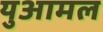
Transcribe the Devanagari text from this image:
युआमल